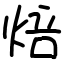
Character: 焙